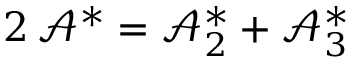
2 \, \mathcal { A } ^ { \ast } = \mathcal { A } _ { 2 } ^ { \ast } + \mathcal { A } _ { 3 } ^ { \ast }